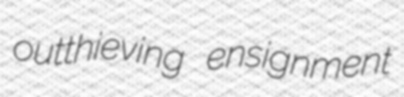
outthieving ensignment